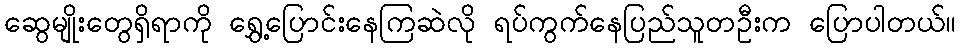
ဆွေမျိုးတွေရှိရာကို ရွှေ့ပြောင်းနေကြဆဲလို ရပ်ကွက်နေပြည်သူတဦးက ပြောပါတယ်။